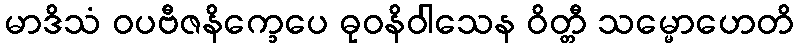
မာဒိသံ ဝပဗီဇနိက္ခေပေ ဓုဝနိဝါသေန ဝိတ္တီ သမ္မောဟေတိ